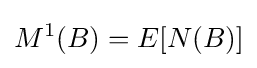
M^{1}(B)=E[{N}(B)]